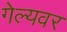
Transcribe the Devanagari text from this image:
गेल्यवर